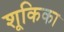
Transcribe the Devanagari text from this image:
शूकिका